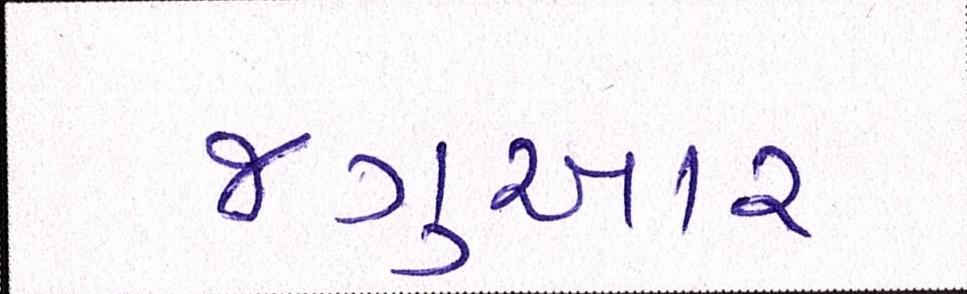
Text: જગુઆર